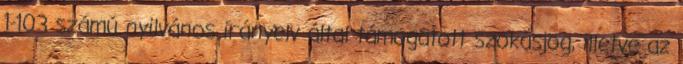
1-103 számú nyilvános irányelv által támogatott szokásjog, illetve az